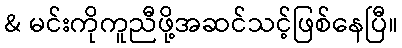
& မင်းကိုကူညီဖို့အဆင်သင့်ဖြစ်နေပြီ။